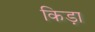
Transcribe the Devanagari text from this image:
किड़ा